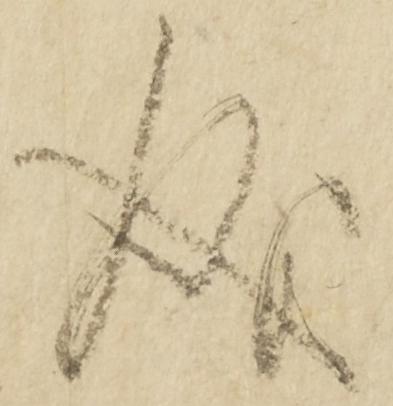
成